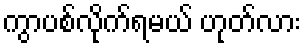
ကွာပစ်လိုက်ရမယ် ဟုတ်လား